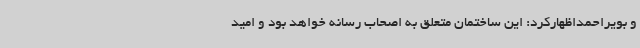
و بویراحمداظهارکرد: این ساختمان متعلق به اصحاب رسانه خواهد بود و امید